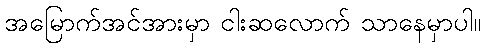
အမြောက်အင်အားမှာ ငါးဆလောက် သာနေမှာပါ။